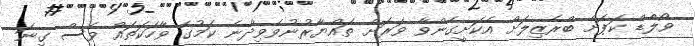
ވޯލްޑް ކަޕަށް ބްރެޒިލަށް އެކަށީގެންވާ ވަރަށް ތައްޔާރުނުވެވިދާނެ ކަމުގެ ވާހަކަތައް ވެސް ގިނަ